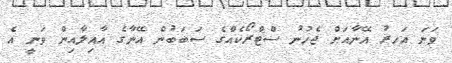
ވަނަ އަހރު އޭނާއަށް ޖެހުނު ސްޓްރޯކެއްގެ ސަބަބުން އޭނާގެ އާއިލާއިން ވަނީ އެ